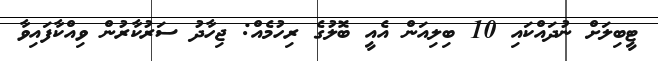
ޓީބިލަށް ނުދައްކައި 10 ބިލިއަން އެއީ ބޮލުގެ ރިހުމެއް: ޖިހާދު ސަރުކާރުން ވިއްކާފައިވާ